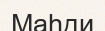
Маһди